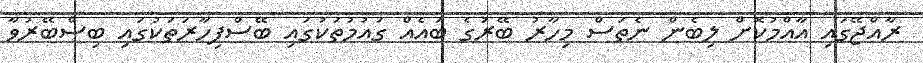
ރާއްޖޭގައި އާއްމުކޮށް ލިބެން ނެތަސް މިހާރު ބޭރުގެ ބައެއް ގައުމުތަކުގައި ބޭސްފިހާރަތަކުގައި ބިސްބޭރުވާ